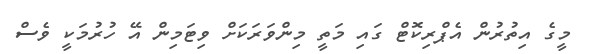
މީގެ އިތުރުން އެޕްރިކޮޓް ގައި މަތީ މިންވަރަކަށް ވިޓަމިން އޭ ހުރުމަކީ ވެސް